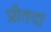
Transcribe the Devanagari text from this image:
प्रीतदा